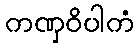
ကဏှဝိပါကံ